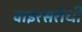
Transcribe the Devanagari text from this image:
वाइरसरोधी